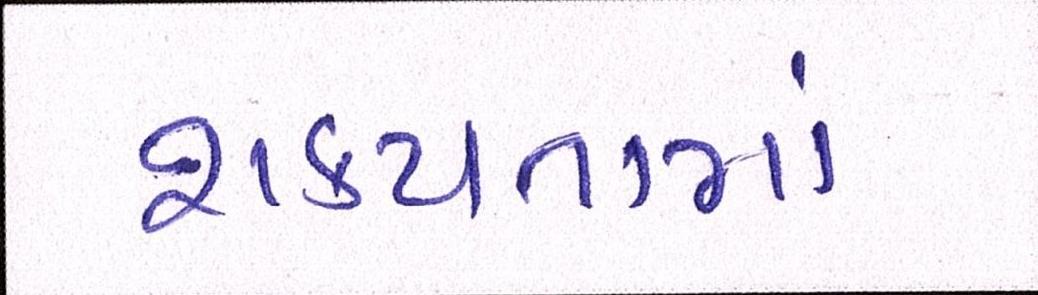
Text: શકયતામાં